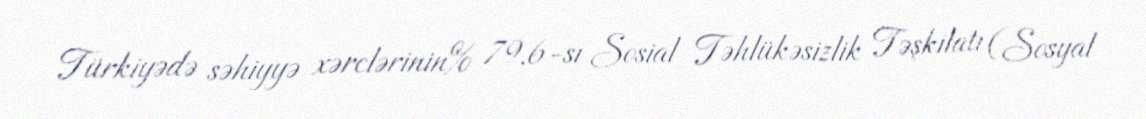
Türkiyədə səhiyyə xərclərinin% 79,6-sı Sosial Təhlükəsizlik Təşkilatı (Sosyal